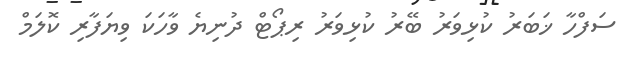
ސަފްހާ ޚަބަރު ކުޅިވަރު ބޭރު ކުޅިވަރު ރިޕޯޓް ދުނިޔެ ވާހަކަ ވިޔަފާރި ކޮލަމް